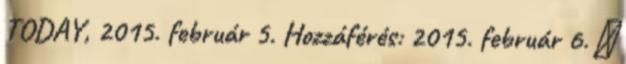
TODAY, 2015. február 5. Hozzáférés: 2015. február 6. ↑